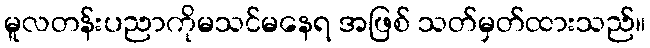
မူလတန်းပညာကိုမသင်မနေရ အဖြစ် သတ်မှတ်ထားသည်။